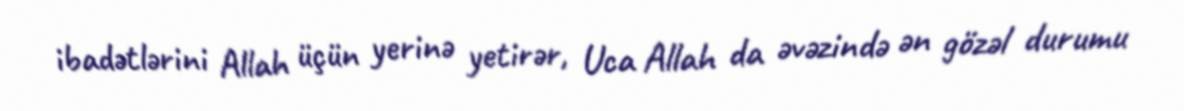
ibadətlərini Allah üçün yerinə yetirər, Uca Allah da əvəzində ən gözəl durumu